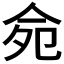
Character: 𠈢